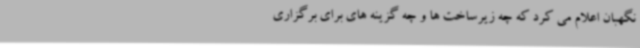
نگهبان اعلام می کرد که چه زیرساخت ها و چه گزینه های برای برگزاری